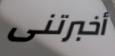
أخبرتنى